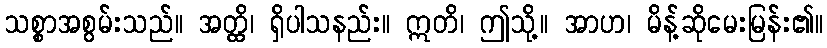
သစ္စာအစွမ်းသည်။ အတ္ထိ၊ ရှိပါသနည်း။ ဣတိ၊ ဤသို့။ အာဟ၊ မိန့်ဆိုမေးမြန်း၏။